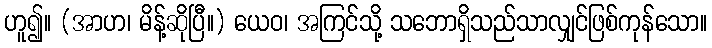
ဟူ၍။ (အာဟ၊ မိန့်ဆိုပြီ။) ယေဝ၊ အကြင်သို့ သဘောရှိသည်သာလျှင်ဖြစ်ကုန်သော။